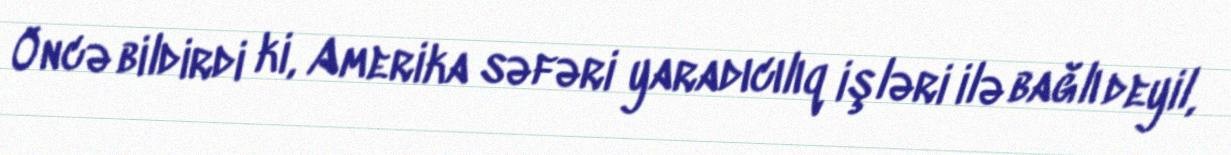
Öncə bildirdi ki, Amerika səfəri yaradıcılıq işləri ilə bağlı deyil,